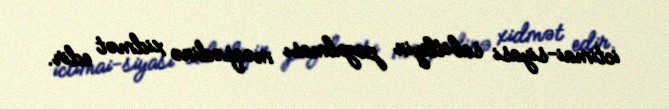
ictimai-siyasi sabitliyin pozulması məqsədinə xidmət edir.